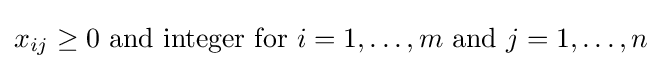
x_{ij}\geq 0{\text{ and integer for }}i=1,\ldots ,m{\text{ and }}j=1,\ldots ,n